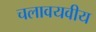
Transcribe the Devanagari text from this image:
चलावयवीय